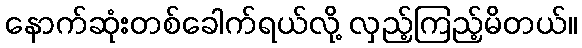
နောက်ဆုံးတစ်ခေါက်ရယ်လို့ လှည့်ကြည့်မိတယ်။